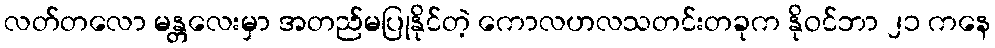
လတ်တလော မန္တလေးမှာ အတည်မပြုနိုင်တဲ့ ကောလဟလသတင်းတခုက နိုဝင်ဘာ ၂၁ ကနေ